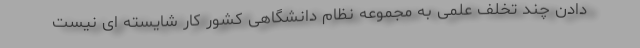
دادن چند تخلف علمی به مجموعه نظام دانشگاهی کشور کار شایسته ای نیست